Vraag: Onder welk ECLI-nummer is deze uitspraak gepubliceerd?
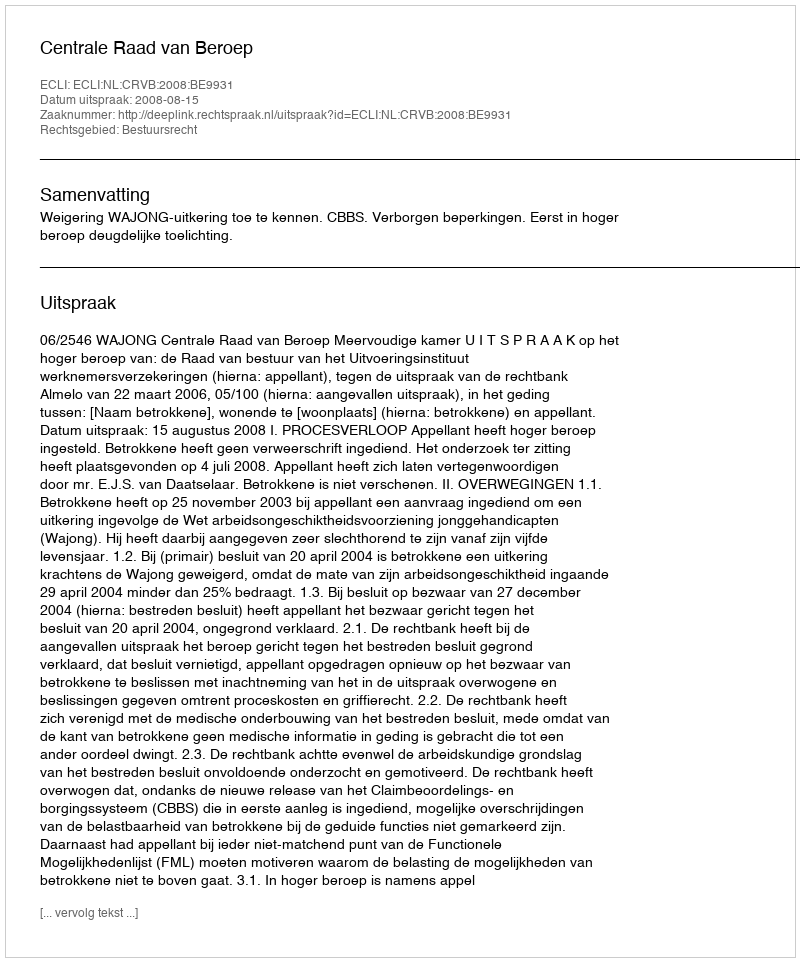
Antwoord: ECLI:NL:CRVB:2008:BE9931